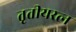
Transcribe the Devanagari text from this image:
तृतीयरत्‍न